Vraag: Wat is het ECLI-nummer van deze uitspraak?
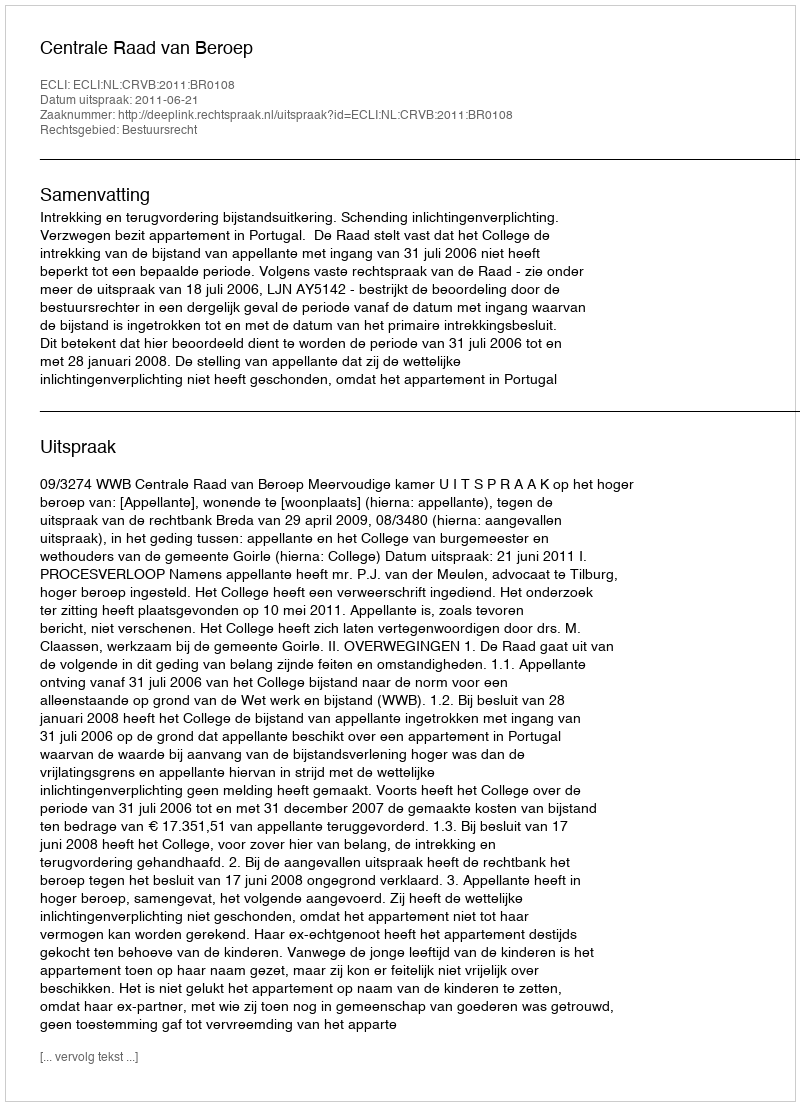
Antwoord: ECLI:NL:CRVB:2011:BR0108